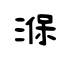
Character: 湺